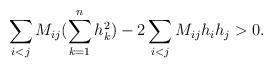
LaTeX: \begin{align*} \sum_{i<j}M_{ij}(\sum_{k=1}^nh_k^2)-2\sum_{i<j}M_{ij}h_ih_j>0.\end{align*}